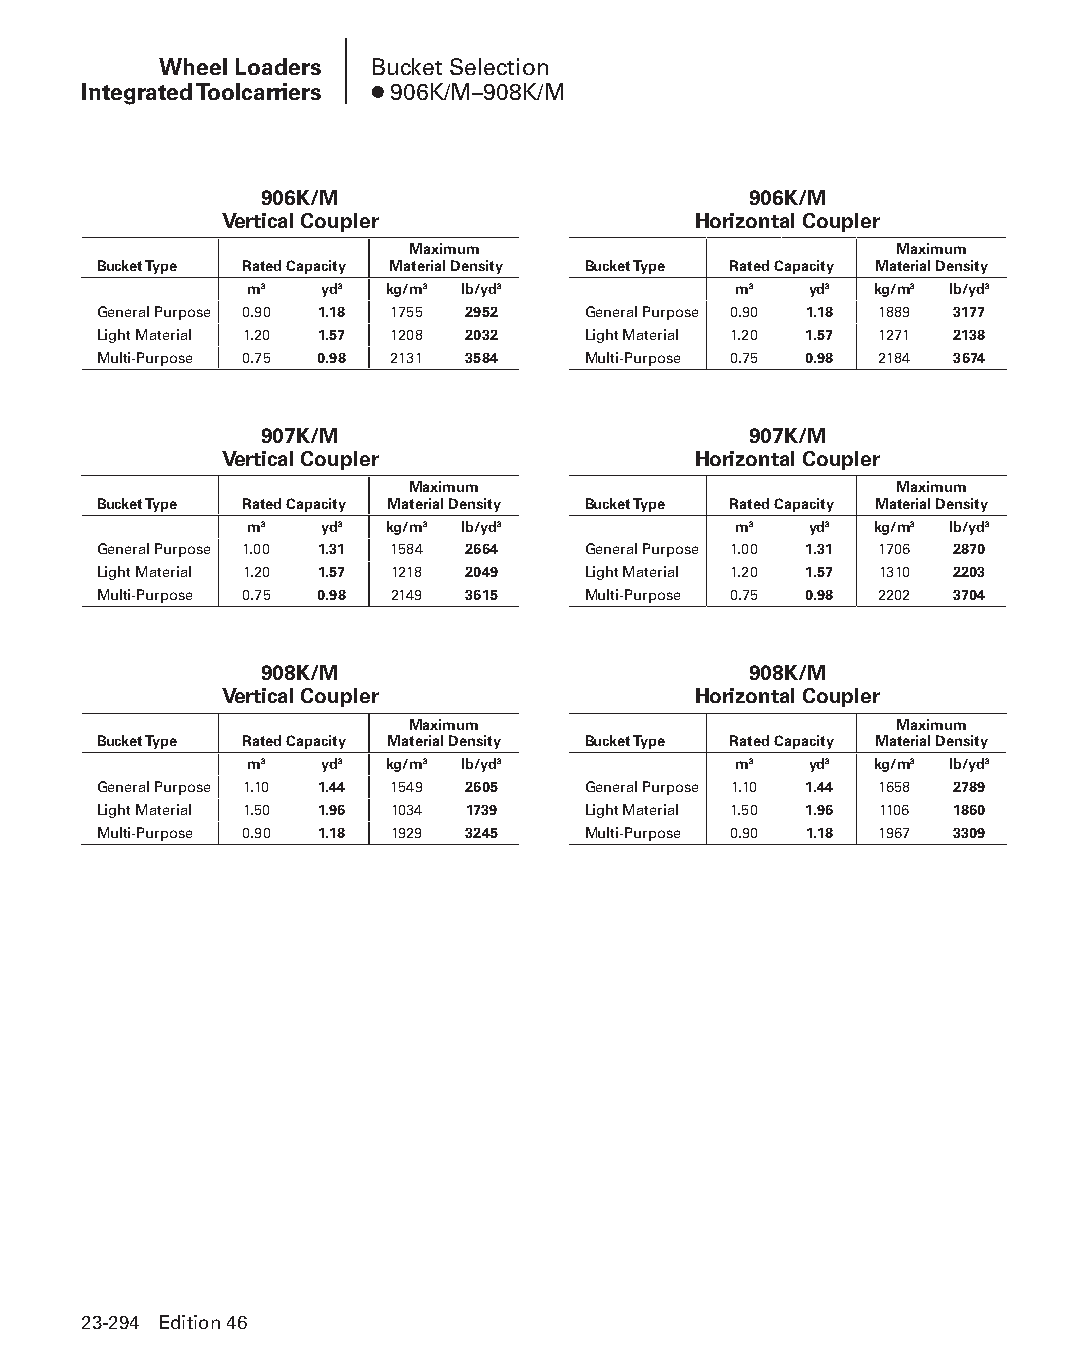
Wheel Loaders Bucket Selection
 Integrated Toolcarriers ● 906K/M–908K/M
 906K/M                          906K/M
 Vertical Coupler               Horizontal Coupler
 Maximum                          Maximum
 Bucket Type Rated Capacity Material Density Bucket Type Rated Capacity Material Density
 m3   yd3 kg/m3 lb/yd3           m3   yd3 kg/m3 lb/yd3
 General Purpose 0.90 1.18 1755 2952 General Purpose 0.90 1.18 1889 3177
 Light Material 1.20 1.57 1208 2032 Light Material 1.20 1.57 1271 2138
 Multi-Purpose 0.75 0.98 2131 3584 Multi-Purpose 0.75 0.98 2184 3674
 907K/M                          907K/M
 Vertical Coupler               Horizontal Coupler
 Maximum                          Maximum
 Bucket Type Rated Capacity Material Density Bucket Type Rated Capacity Material Density
 m3   yd3 kg/m3 lb/yd3           m3   yd3 kg/m3 lb/yd3
 General Purpose 1.00 1.31 1584 2664 General Purpose 1.00 1.31 1706 2870
 Light Material 1.20 1.57 1218 2049 Light Material 1.20 1.57 1310 2203
 Multi-Purpose 0.75 0.98 2149 3615 Multi-Purpose 0.75 0.98 2202 3704
 908K/M                          908K/M
 Vertical Coupler               Horizontal Coupler
 Maximum                          Maximum
 Bucket Type Rated Capacity Material Density Bucket Type Rated Capacity Material Density
 m3   yd3 kg/m3 lb/yd3           m3   yd3 kg/m3 lb/yd3
 General Purpose 1.10 1.44 1549 2605 General Purpose 1.10 1.44 1658 2789
 Light Material 1.50 1.96 1034 1739 Light Material 1.50 1.96 1106 1860
 Multi-Purpose 0.90 1.18 1929 3245 Multi-Purpose 0.90 1.18 1967 3309
 23-294 Edition 46
 PPHHBB--SSeecc2233((ppgg220077--332244))..iinndddd 229944      1122//44//1155 22::1122 PPMM